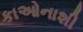
કાઓનાશી